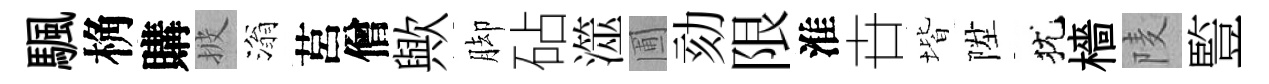
颿桷購披滃莒僧歟脚砧澨圃劾限淮卋堦陞犹檣𨹧䜿